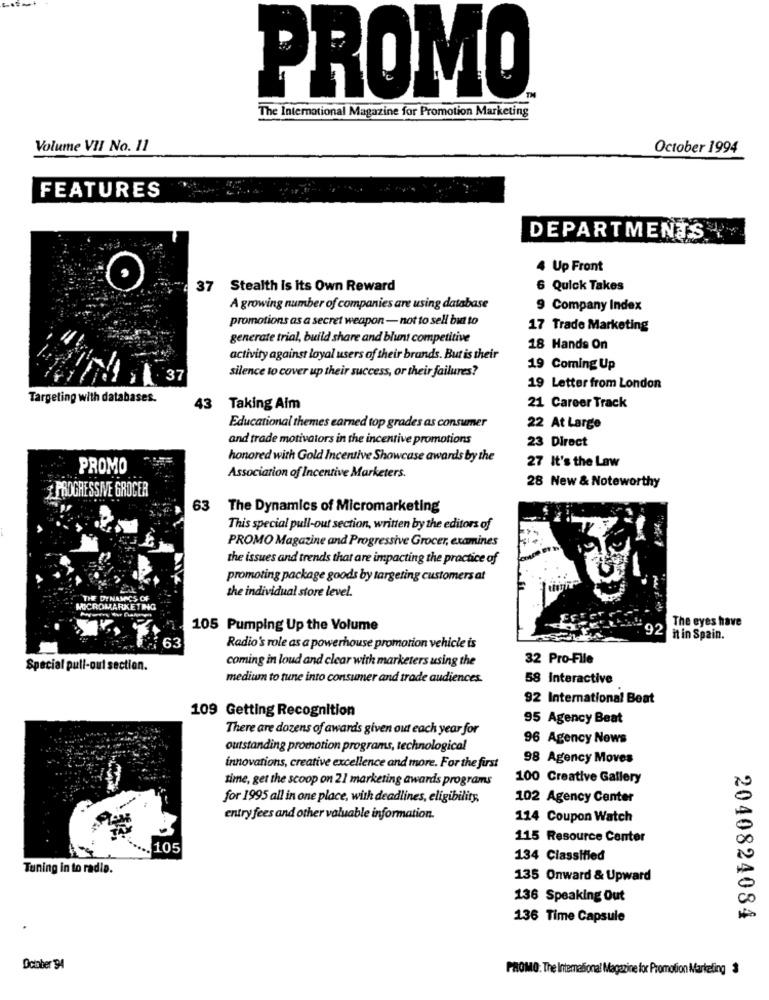
PROMO
The International Magazine for Promotion Marketing
Volume VII No. 11
October 1994
FEATURES
DEPARTMENTS
4 Up Front
37 Stealth Is its Own Reward
6 Quick Takes
A growing number of companies are using database
9 Company Index
promotions as a secret weapon- not to sell but to
17 Trade Marketing
generate trial, build share and blunt competitive
18 Hands On
activity against loyal users of their brands. But is their
silence to cover up their success, or their failures?
19 Coming Up
37
19 Letter from London
Targeting with databases.
43
Taking Aim
21 Career Track
Educational themes earned top grades as consumer
22 At Large
and trade motivators in the incentive promotions
23 Direct
honored with Gold Incentive Showcase awards by the
27 It's the Law
PROMO
Association of Incentive Marketers.
28 New & Noteworthy
PROGRESSIVE GROCER
63
The Dynamics of Micromarketing
This special pull-out section, written by the editors of
PROMO Magazine and Progressive Grocer, examines
the issues and trends that are impacting the practice of
promoting package goods by targeting customers at
the individual store level.
THE DYNAMICS OF
MICROMARKETING
The eyes have
105 Pumping Up the Volume
92
63
it in Spain.
Radio's role as a powerhouse promotion vehicle is
coming in loud and clear with marketers using the
32 Pro-File
Special pull-out section.
medium to tune into consumer and trade audiences.
58 Interactive
92 International Beat
109 Getting Recognition
95 Agency Beat
There are dozens of awards given out each year for
96 Agency News
outstanding promotion programs, technological
98 Agency Moves
innovations, creative excellence and more. For the first
time, get the scoop on 21 marketing awards programs
100 Creative Gallery
for 1995 all in one place, with deadlines, eligibility,
102 Agency Center
entry fees and other valuable information.
114 Coupon Watch
115 Resource Center
.. 105
134 Classified
Tuning in to radio.
135 Onward & Upward
136 Speaking Out
136 Time Capsule
2040824084
October 94
PROMO: The Intemationa! Magazine for Promotion Marketing 3